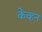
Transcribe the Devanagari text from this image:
केव्हन